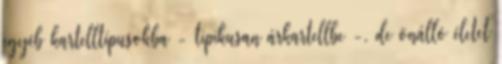
egyéb kartelltípusokba - tipikusan árkartellbe -, de önálló életet